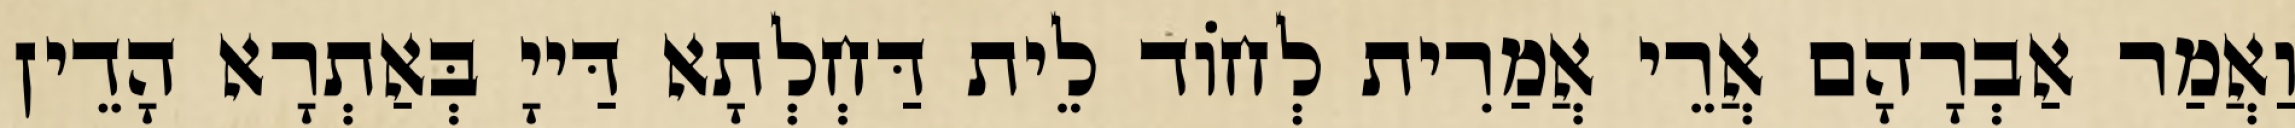
וַאֲמַר אַבְרָהָם אֲרֵי אֲמַרִית לְחוֹד לֵית דַּחְלְתָא דַּייָ בְּאַתְרָא הָדֵין